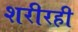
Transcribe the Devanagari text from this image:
शरीरही